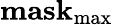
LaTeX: \mathbf{mask}_{\operatorname*{max}}